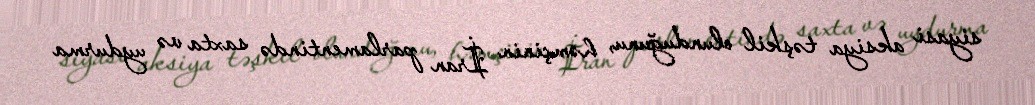
siyasi aksiya təşkil olunduğunu, həmçinin İran parlamentində saxta və uydurma